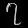
Digit: ၇